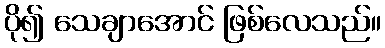
ပို၍ သေချာအောင် ဖြစ်လေသည်။